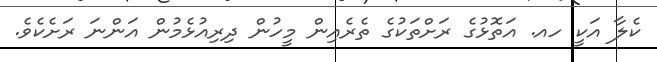
ކެލާ އަކީ ހއ. އަތޮޅުގެ ރަށްތަކުގެ ތެރެއިން މީހުން ދިރިއުޅެމުން އަންނަ ރަށެކެވެ.